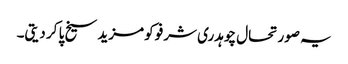
یہ صورتحال چوہدری شرفو کو مزید سیخ پا کر دیتی۔